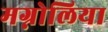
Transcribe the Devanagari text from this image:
मग्नोलिया